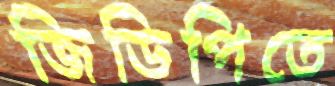
জিডিপিতে